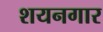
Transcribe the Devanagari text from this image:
शयनगार